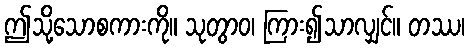
ဤသို့သောစကားကို။ သုတွာဝ၊ ကြား၍သာလျှင်။ တဿ၊